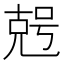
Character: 𠒠